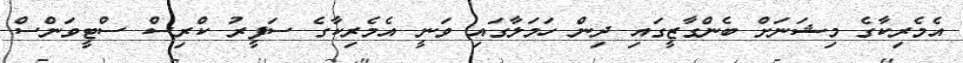
އެމެރިކާގެ މިޝަނަށް ބެންގާޒީގައި ދިން ހަމަލާގައި ވަނީ އެމެރިކާގެ ސަފީރު ކްރިސް ސްޓީވަންސް